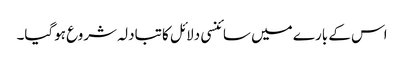
اس کے بارے میں سائنسی دلائل کا تبادلہ شروع ہوگیا۔